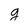
Character: g